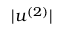
| u ^ { ( 2 ) } |